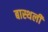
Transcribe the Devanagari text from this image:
बास्थली